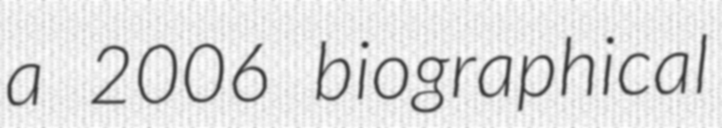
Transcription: a 2006 biographical